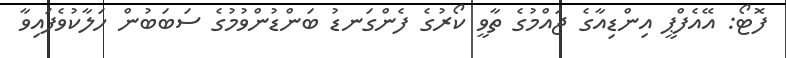
ފޮޓޯ: އޭއެފްޕީ އިންޑިއާގެ ޖައްމުގެ ތާވީ ކޯރުގެ ފެންގަނޑު ބަންޑުންވުމުގެ ސަބަބުން ހަލާކުވެފައިވާ